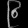
Digit: ၉